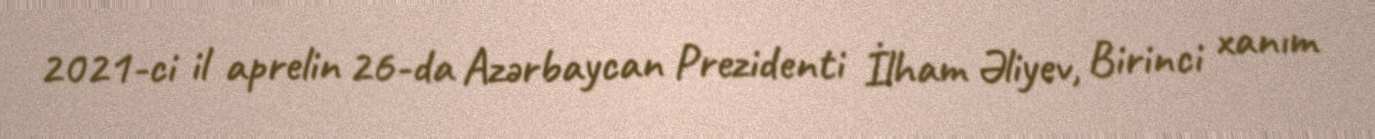
2021-ci il aprelin 26-da Azərbaycan Prezidenti İlham Əliyev, Birinci xanım